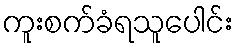
ကူးစက်ခံရသူပေါင်း